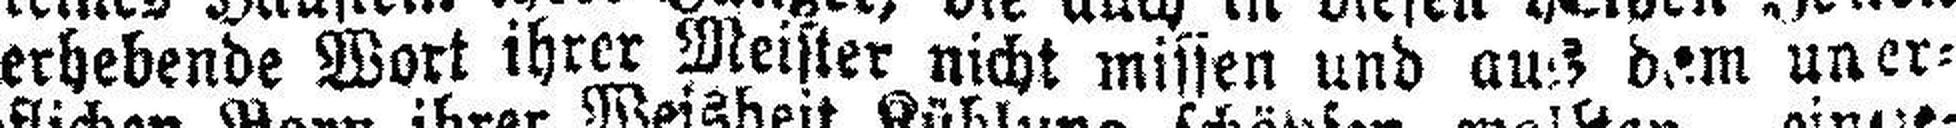
das erhebende Wort ihrer Meister nicht missen und aus dem uner¬